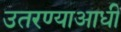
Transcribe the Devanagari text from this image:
उतरण्याआधी